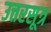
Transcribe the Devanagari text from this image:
उत्तरसूत्र